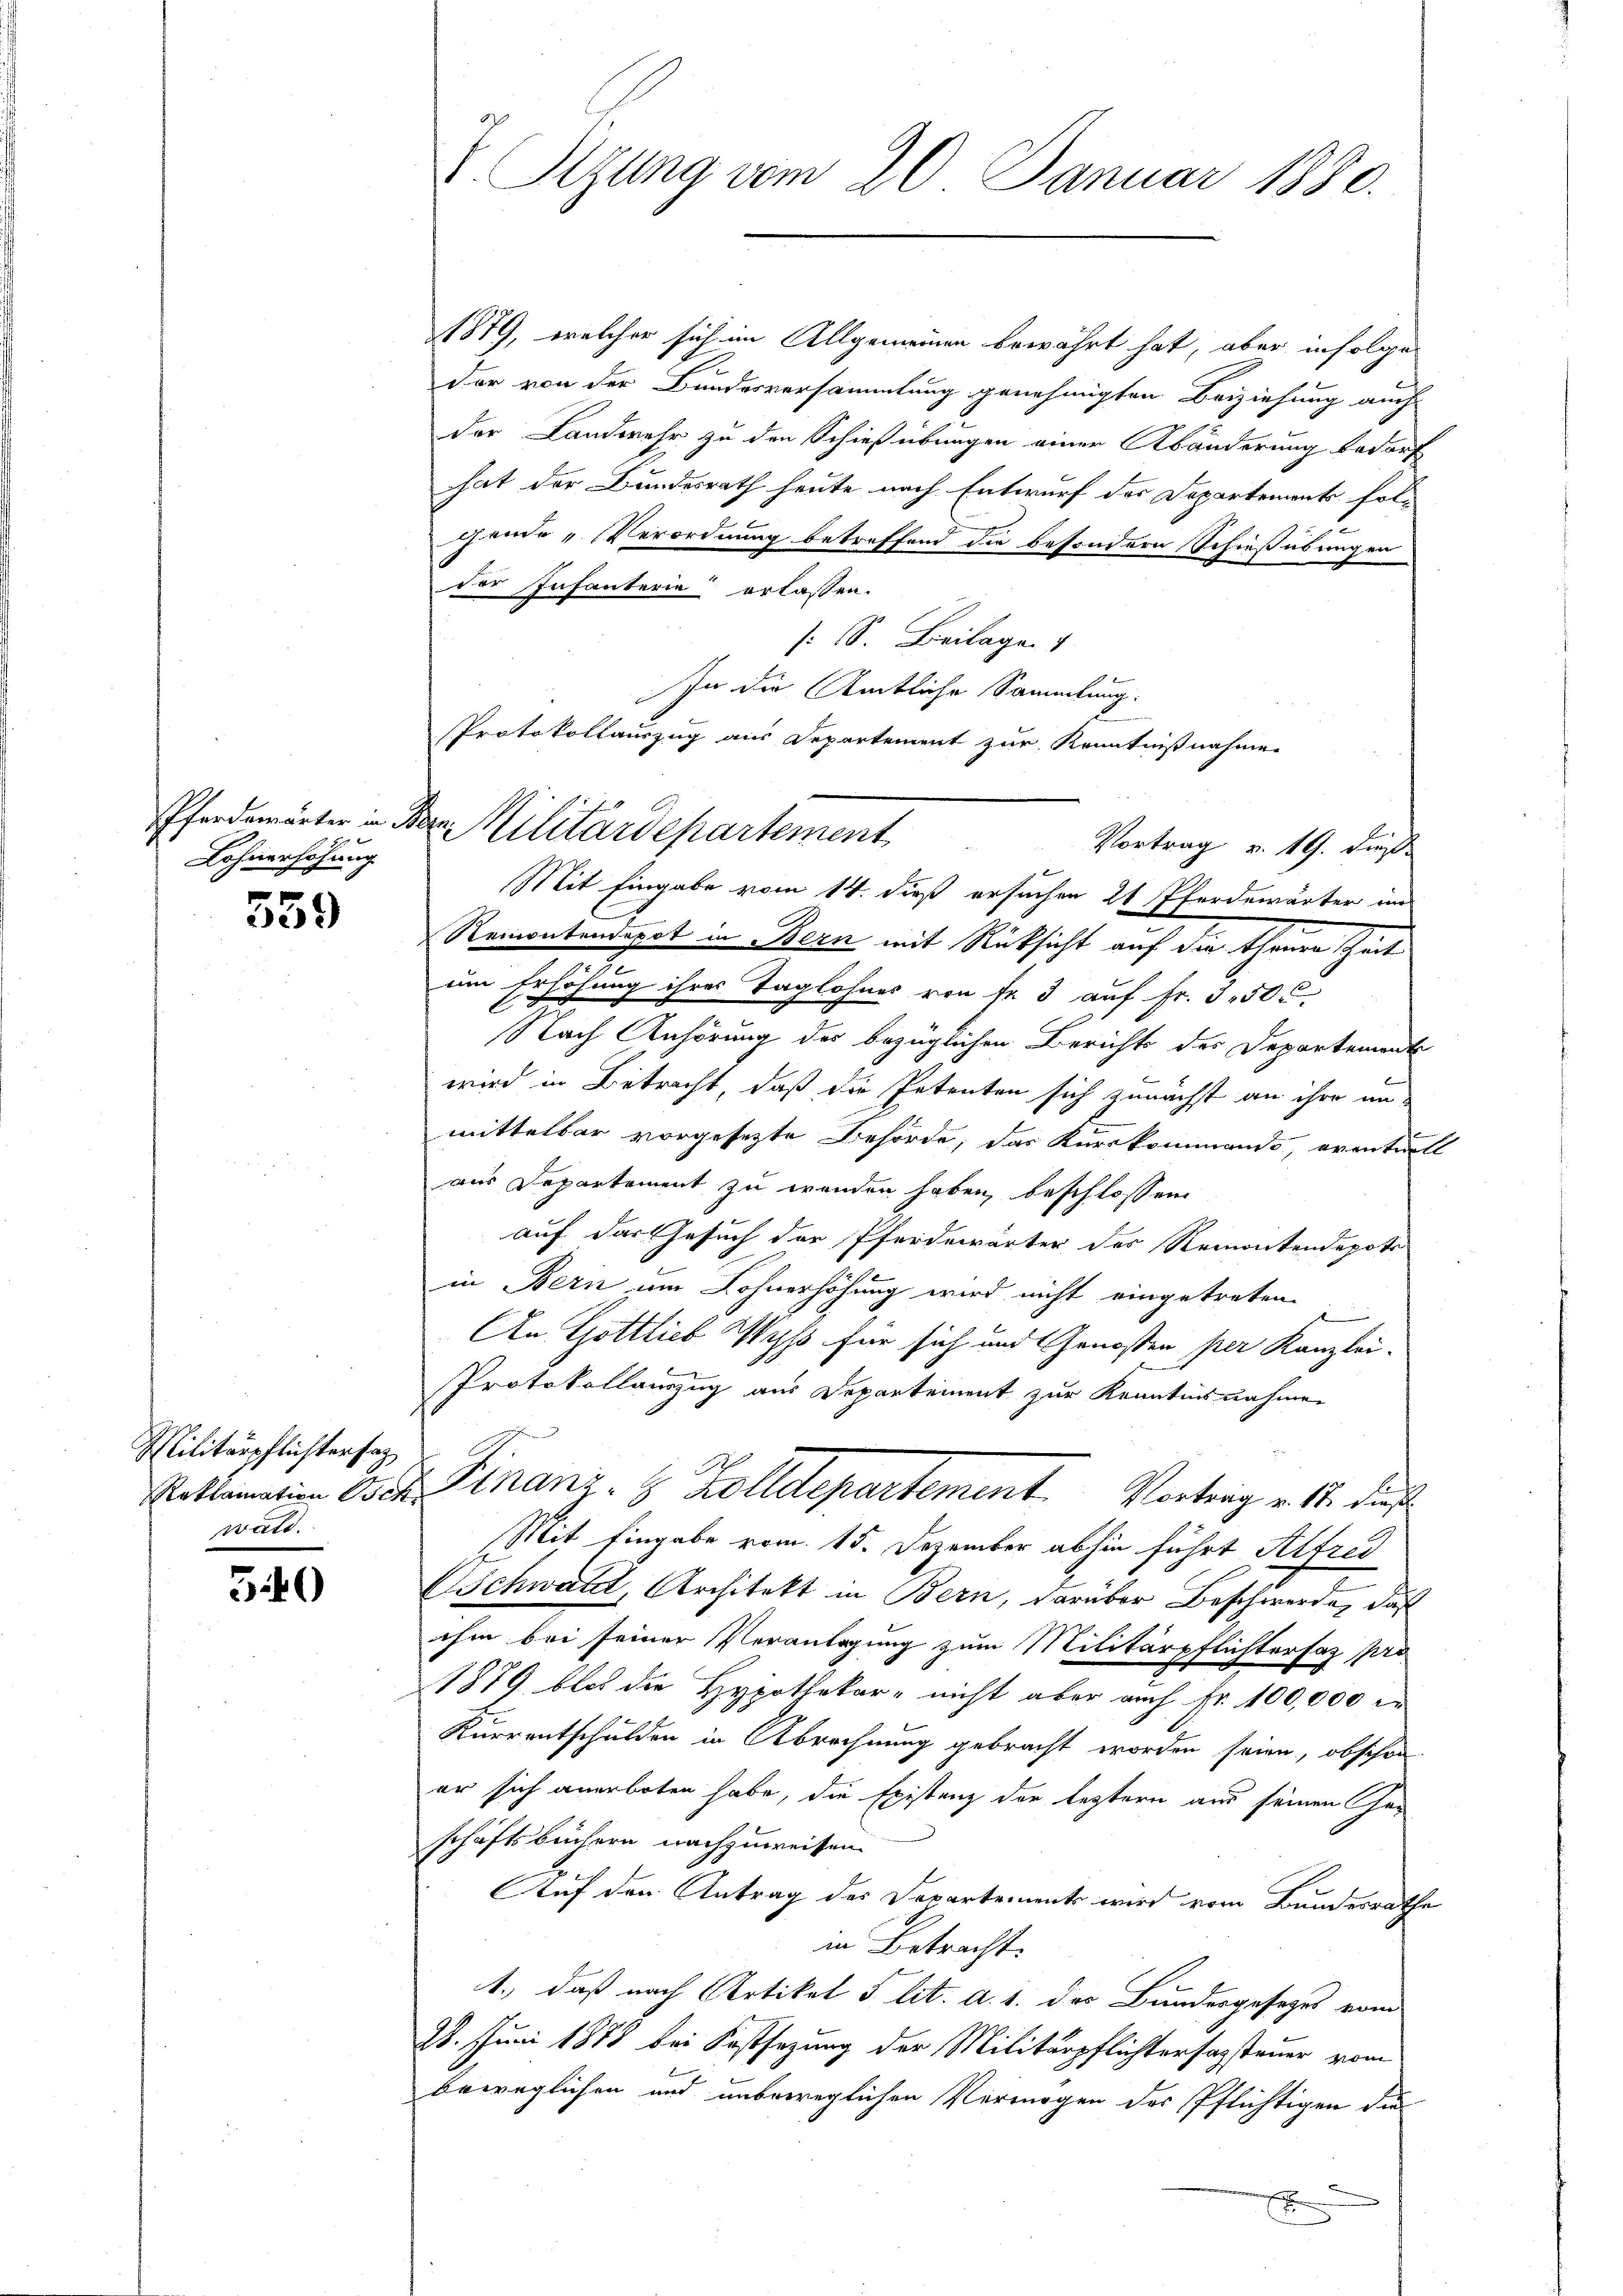
Lohnerhöhung
.

37)

Militärpflichtersag
wald.

3.40

E Stzung vom 20. Januar 1880.

1879, welcher sich im Allgemeinen bewährt hat, aber infolge
der von der Bundesversammlung genehmigten Beiziehung auch
der Landwehr zu den Schießübungen einer Abänderung bedarf
hat der Bundesrath heute nach Entwurf der Departements folgende „Verordnung betreffend die besondern Schießübungen
der Infanterie erlassen.
s: SS. Beilage
In die Amtliche Sammlung.
Protokollauszug aus Departement zur Kenntnißnahme

Pferdemärter in Bern Militärdepartement
Vortrag v. 19. dieß

Mit Eingabe vom 14. dieß ersuchen 21 Pferdewärter im
Remontendepot in Bern mit Rücksicht auf die theure scheit
e
em Erhöhung ihres Taglohnes von fr. 3 auf Fr. 350 c.
Nach Anhörung der bezüglichen Berichts der Departement
b
wird in Betracht, daß die Petenten sich zunächst an ihre un-
mittelbar vorgesetzte Behörde, das Kurskommando, oventuell
aus Departement zu wenden haben, beschlossene
auf das Gesuch der Pferdewärter des Remontendepots
in Bern um Lohnerhöhung wird nicht eingetreten.
An Gottlieb Wyss für sich und Genossen per Kanzlei-
Mit Eingabe vom 15. Dezember abhin führt Alfrei
SSchwald, Architekt in Bern, darüber Beschwerde, daß
ihm bei seiner Veranlagung zum Militärpflichterfaz pro
1879 blos die Hypothekar- nicht aber auch Fr. 100,000 i
Kurrentschulden in Abrechnung gebracht worden seien, obschon
er sich anerboten habe, die Existenz der leztern aus seinen Geschäftsbüchern nachzuweisen.
Auf den Antrag des Departements wird vom Bundesrathe
in Betracht.
1., daß nach Artikel 5 lit. a. 1. der Bundesgesetzes vom
28. Juni 1878 bei Kostsezung der Militärpflichtersagsteuer vom
beweglichen und unbeweglichen Vermögen des Pflichtigen die
x

Protokollanzug aus Departement zur Kenntnisnahmen
Reklamation Oser Finanz- & Zolldepartement. Vortrag v. 18. dies